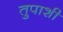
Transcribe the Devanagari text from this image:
तुपाशी